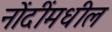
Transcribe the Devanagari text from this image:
नोंदींमधील